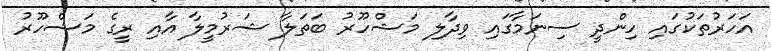
އަހަރުތަކުގައި ހިންދީ ސިނަމާގައި ވިދާލި މަޝްހޫރު ބަތަލާ ޝަރުމީލާ އާއި ރީގެ މަޝްހޫރު